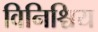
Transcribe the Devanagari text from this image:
विनिश्चिय